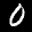
Label: 0